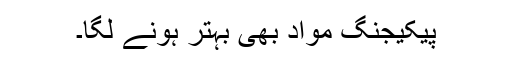
پیکیجنگ مواد بھی بہتر ہونے لگا۔